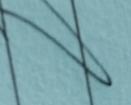
Signature authenticity: forged